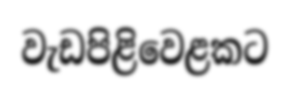
වැඩපිළිවෙළකට